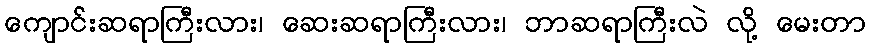
ကျောင်းဆရာကြီးလား၊ ဆေးဆရာကြီးလား၊ ဘာဆရာကြီးလဲ လို့ မေးတာ